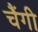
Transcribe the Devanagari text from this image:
चैंगी